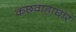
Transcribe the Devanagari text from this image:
कछवाहाघार